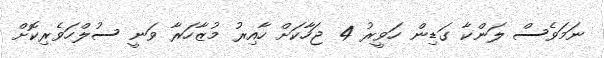
ނަމަވެސް ލަންކާ ގަޑިން ހަވީރު 4 ޖަހާކަށް ހާއިރު މުޒާހަރާ ވަނީ ސުލްހަވެރިކޮށް